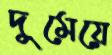
দুমেয়ে